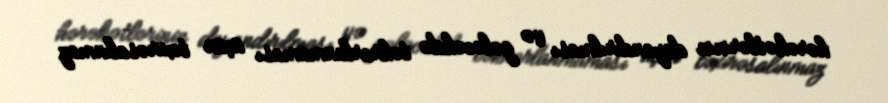
hərəkətlərinin dayandırılması və gələcəkdə təkrarlanmaması üçün təxirəsalınmaz